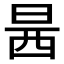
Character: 𰕿